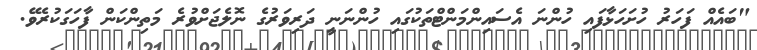
"ބައެއް ފަހަރު ހުށަހަޅާފައި ހުންނަ އެސައިންމަންޓްތަކުގައި ހުންނަނީ ދަރިވަރުގެ ނޮލެޖަށްވުރެ މަތިންކަން ފާހަގަކުރެވޭ.